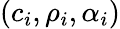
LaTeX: (c_{i},\rho_{i},\alpha_{i})